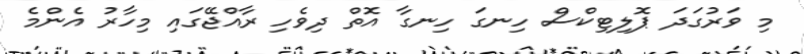
މި ވަރުގަދަ ޕޮލިޓިކްސް ހިނގަ ހިނގާ އޮތް ދިވެހި ރާއްޖޭގައި މިހާރު އެންމެ